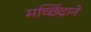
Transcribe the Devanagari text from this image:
मच्छिंद्राने